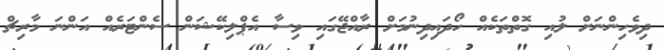
ދިވެހިންނަށް ލުއި ގޮތްތަކެއް ހޯދައިދިނުމަށް ރާއްޖޭގައި ވިސާ އެޕްލިކޭޝަން ސެންޓަރެއް އަންނަ މާރިޗް